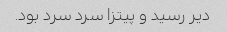
دیر رسید و پیتزا سرد سرد بود.